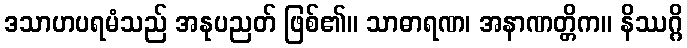
ဒသာဟပရမံသည် အနုပညတ် ဖြစ်၏။ သာဓာရဏ၊ အနာဏတ္တိက။ နိဿဂ္ဂိ